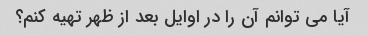
آیا می توانم آن را در اوایل بعد از ظهر تهیه کنم؟